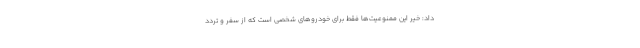
داد: خیر این ممنوعیت‌ها فقط برای خودروهای شخصی است که از سفر و تردد